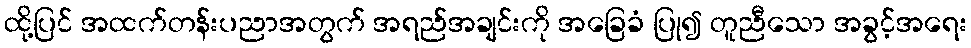
ထို့ပြင် အထက်တန်းပညာအတွက် အရည်အချင်းကို အခြေခံ ပြု၍ တူညီသော အခွင့်အရေး